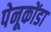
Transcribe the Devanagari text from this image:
पेनूकोंडा